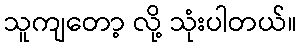
သူကျတော့ လို့ သုံးပါတယ်။